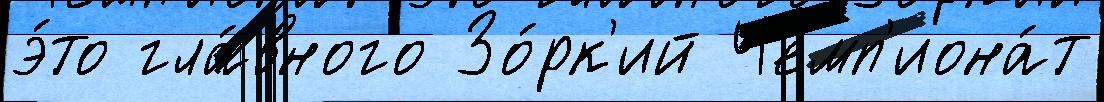
э́то гла́вного Зо́рк'ий Чемп'иона́т